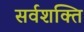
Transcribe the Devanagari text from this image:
सर्वशक्ति